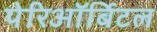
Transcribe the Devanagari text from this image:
पेरिऑर्बिटल